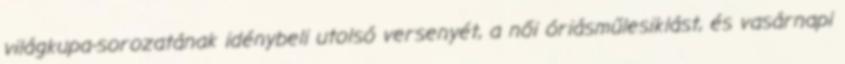
világkupa-sorozatának idénybeli utolsó versenyét, a női óriásműlesiklást, és vasárnapi